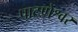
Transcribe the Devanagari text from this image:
पाटणेश्वर